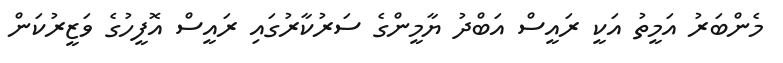
މެންބަރު އަމީތު އަކީ ރައީސް އަބްދު ޔާމީންގެ ސަރުކާރުގައި ރައީސް އޮފީހުގެ ވަޒީރުކަން